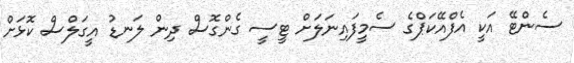
ސެންޓޭ އަކީ އެފްއޭކަޕްގެ ސެމީފައިނަލަށް ޓީސީ ގެންގޮސް ދިން ލަނޑު އީގަލްސް ކޮޅަށް